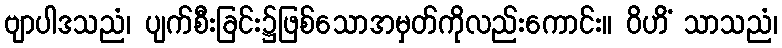
ဗျာပါဒသညံ၊ ပျက်စီးခြင်း၌ဖြစ်သောအမှတ်ကိုလည်းကောင်း။ ဝိဟိံ သာသညံ၊